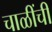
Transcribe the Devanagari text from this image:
चाळींची